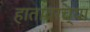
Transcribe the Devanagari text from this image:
हातावरच्या